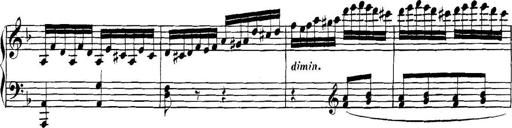
Title: Collected Piano Sonatas
Composer: Muzio Clementi